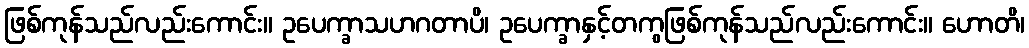
ဖြစ်ကုန်သည်လည်းကောင်း။ ဥပေက္ခာသဟဂတာပိ၊ ဥပေက္ခာနှင့်တကွဖြစ်ကုန်သည်လည်းကောင်း။ ဟောတိ၊